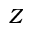
Z